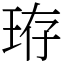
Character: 珔